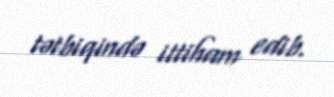
tətbiqində ittiham edib.